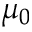
\mu _ { 0 }